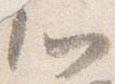
心